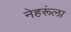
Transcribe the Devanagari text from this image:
नेहरूंला